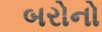
બરોનો